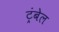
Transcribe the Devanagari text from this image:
ट्रंबेल